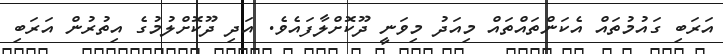
އަރަބި ގައުމުތައް އެކަންތައްތައް މިއަދު މިވަނީ ދޫކޮށްލާފައެވެ. އަދި ދޫކޮށްލުމުގެ އިތުރުން އަރަބި